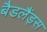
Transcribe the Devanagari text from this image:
बैडलैंड्स